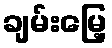
ချမ်းမြေ့